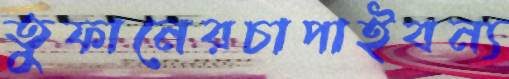
তুফানেরচাপাইবন্য